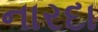
નારદા